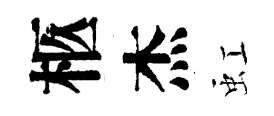
柩杰虹